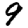
Digit: 9